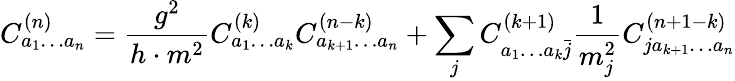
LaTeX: C_{a_{1}\ldots a_{n}}^{(n)}=\frac{g^{2}}{h\cdot m^{2}}C_{a_{1}\ldots a_{k}}^{(k)}C_{a_{k+1}\ldots a_{n}}^{(n-k)}+\sum_{j}C_{a_{1}\ldots a_{k}\bar{j}}^{(k+1)}\frac{1}{m_{j}^{2}}C_{ja_{k+1}\ldots a_{n}}^{(n+1-k)}